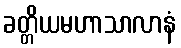
ခတ္တိယမဟာသာလာနံ